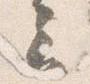
云